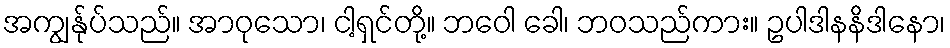
အကျွန်ုပ်သည်။ အာဝုသော၊ ငါ့ရှင်တို့။ ဘဝေါ ခေါ၊ ဘဝသည်ကား။ ဥပါဒါနနိဒါနော၊